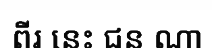
ពីរ នេះ ជន ណា